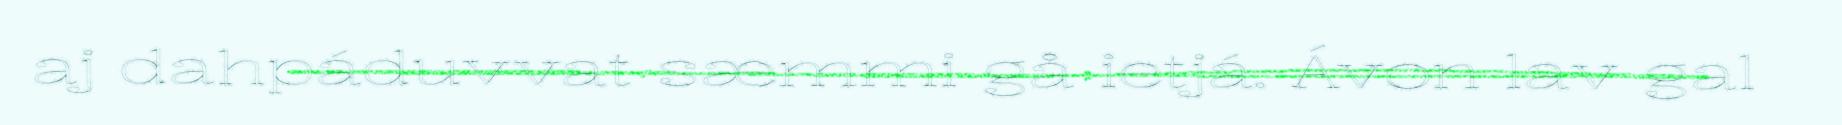
aj dahpáduvvat sæmmi gå ietjá. Ávon lav gal